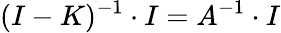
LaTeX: (I-K)^{-1}\cdot I=A^{-1}\cdot I